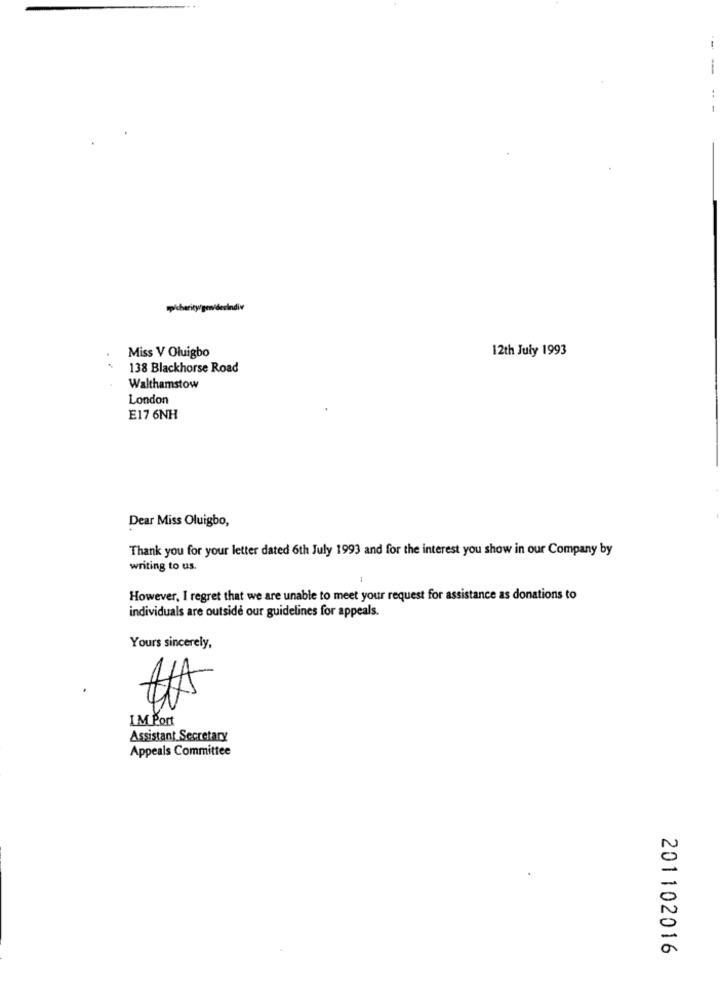
--
-
..
Miss V Oluigbo
12th July 1993
138 Blackhorse Road
Walthamstow
London
E17 6NH
Dear Miss Oluigbo,
Thank you for your letter dated 6th July 1993 and for the interest you show in our Company by
writing to us.
However, I regret that we are unable to meet your request for assistance as donations to
individuals are outside our guidelines for appeals.
Yours sincerely,
LM Port
Assistant Secretary
Appeals Committee
N
a
201102016